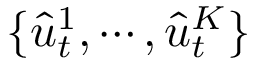
\{ \hat { u } _ { t } ^ { 1 } , \cdots , \hat { u } _ { t } ^ { K } \}